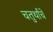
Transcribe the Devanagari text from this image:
चतुर्थांचे